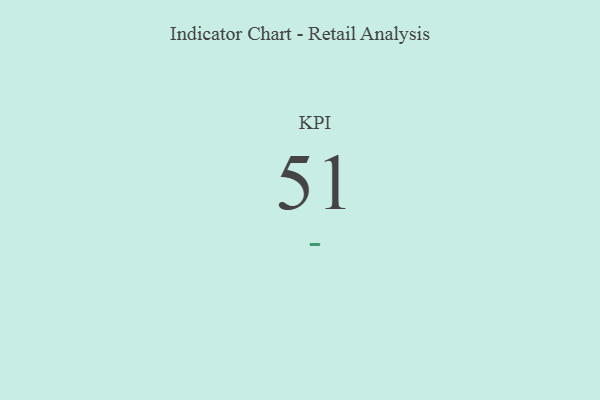
{"axis": {"x": "KPI", "y": "Value"}, "legend": [""], "data": [{"x": "KPI", "y": 51, "type": ""}]}